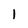
Character: 1